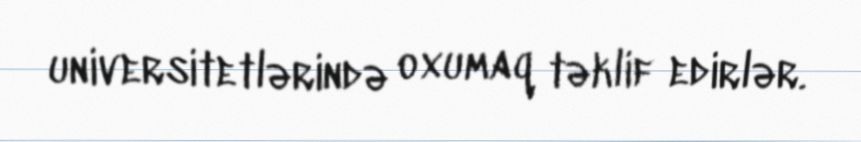
universitetlərində oxumaq təklif edirlər.